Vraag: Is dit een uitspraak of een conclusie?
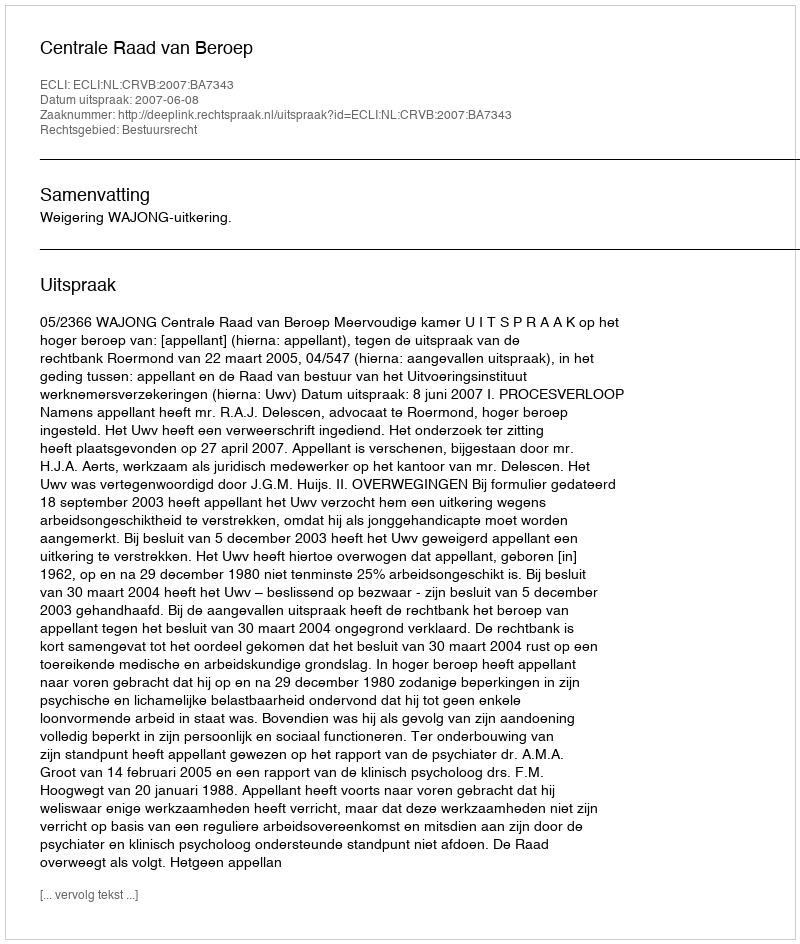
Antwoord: Uitspraak